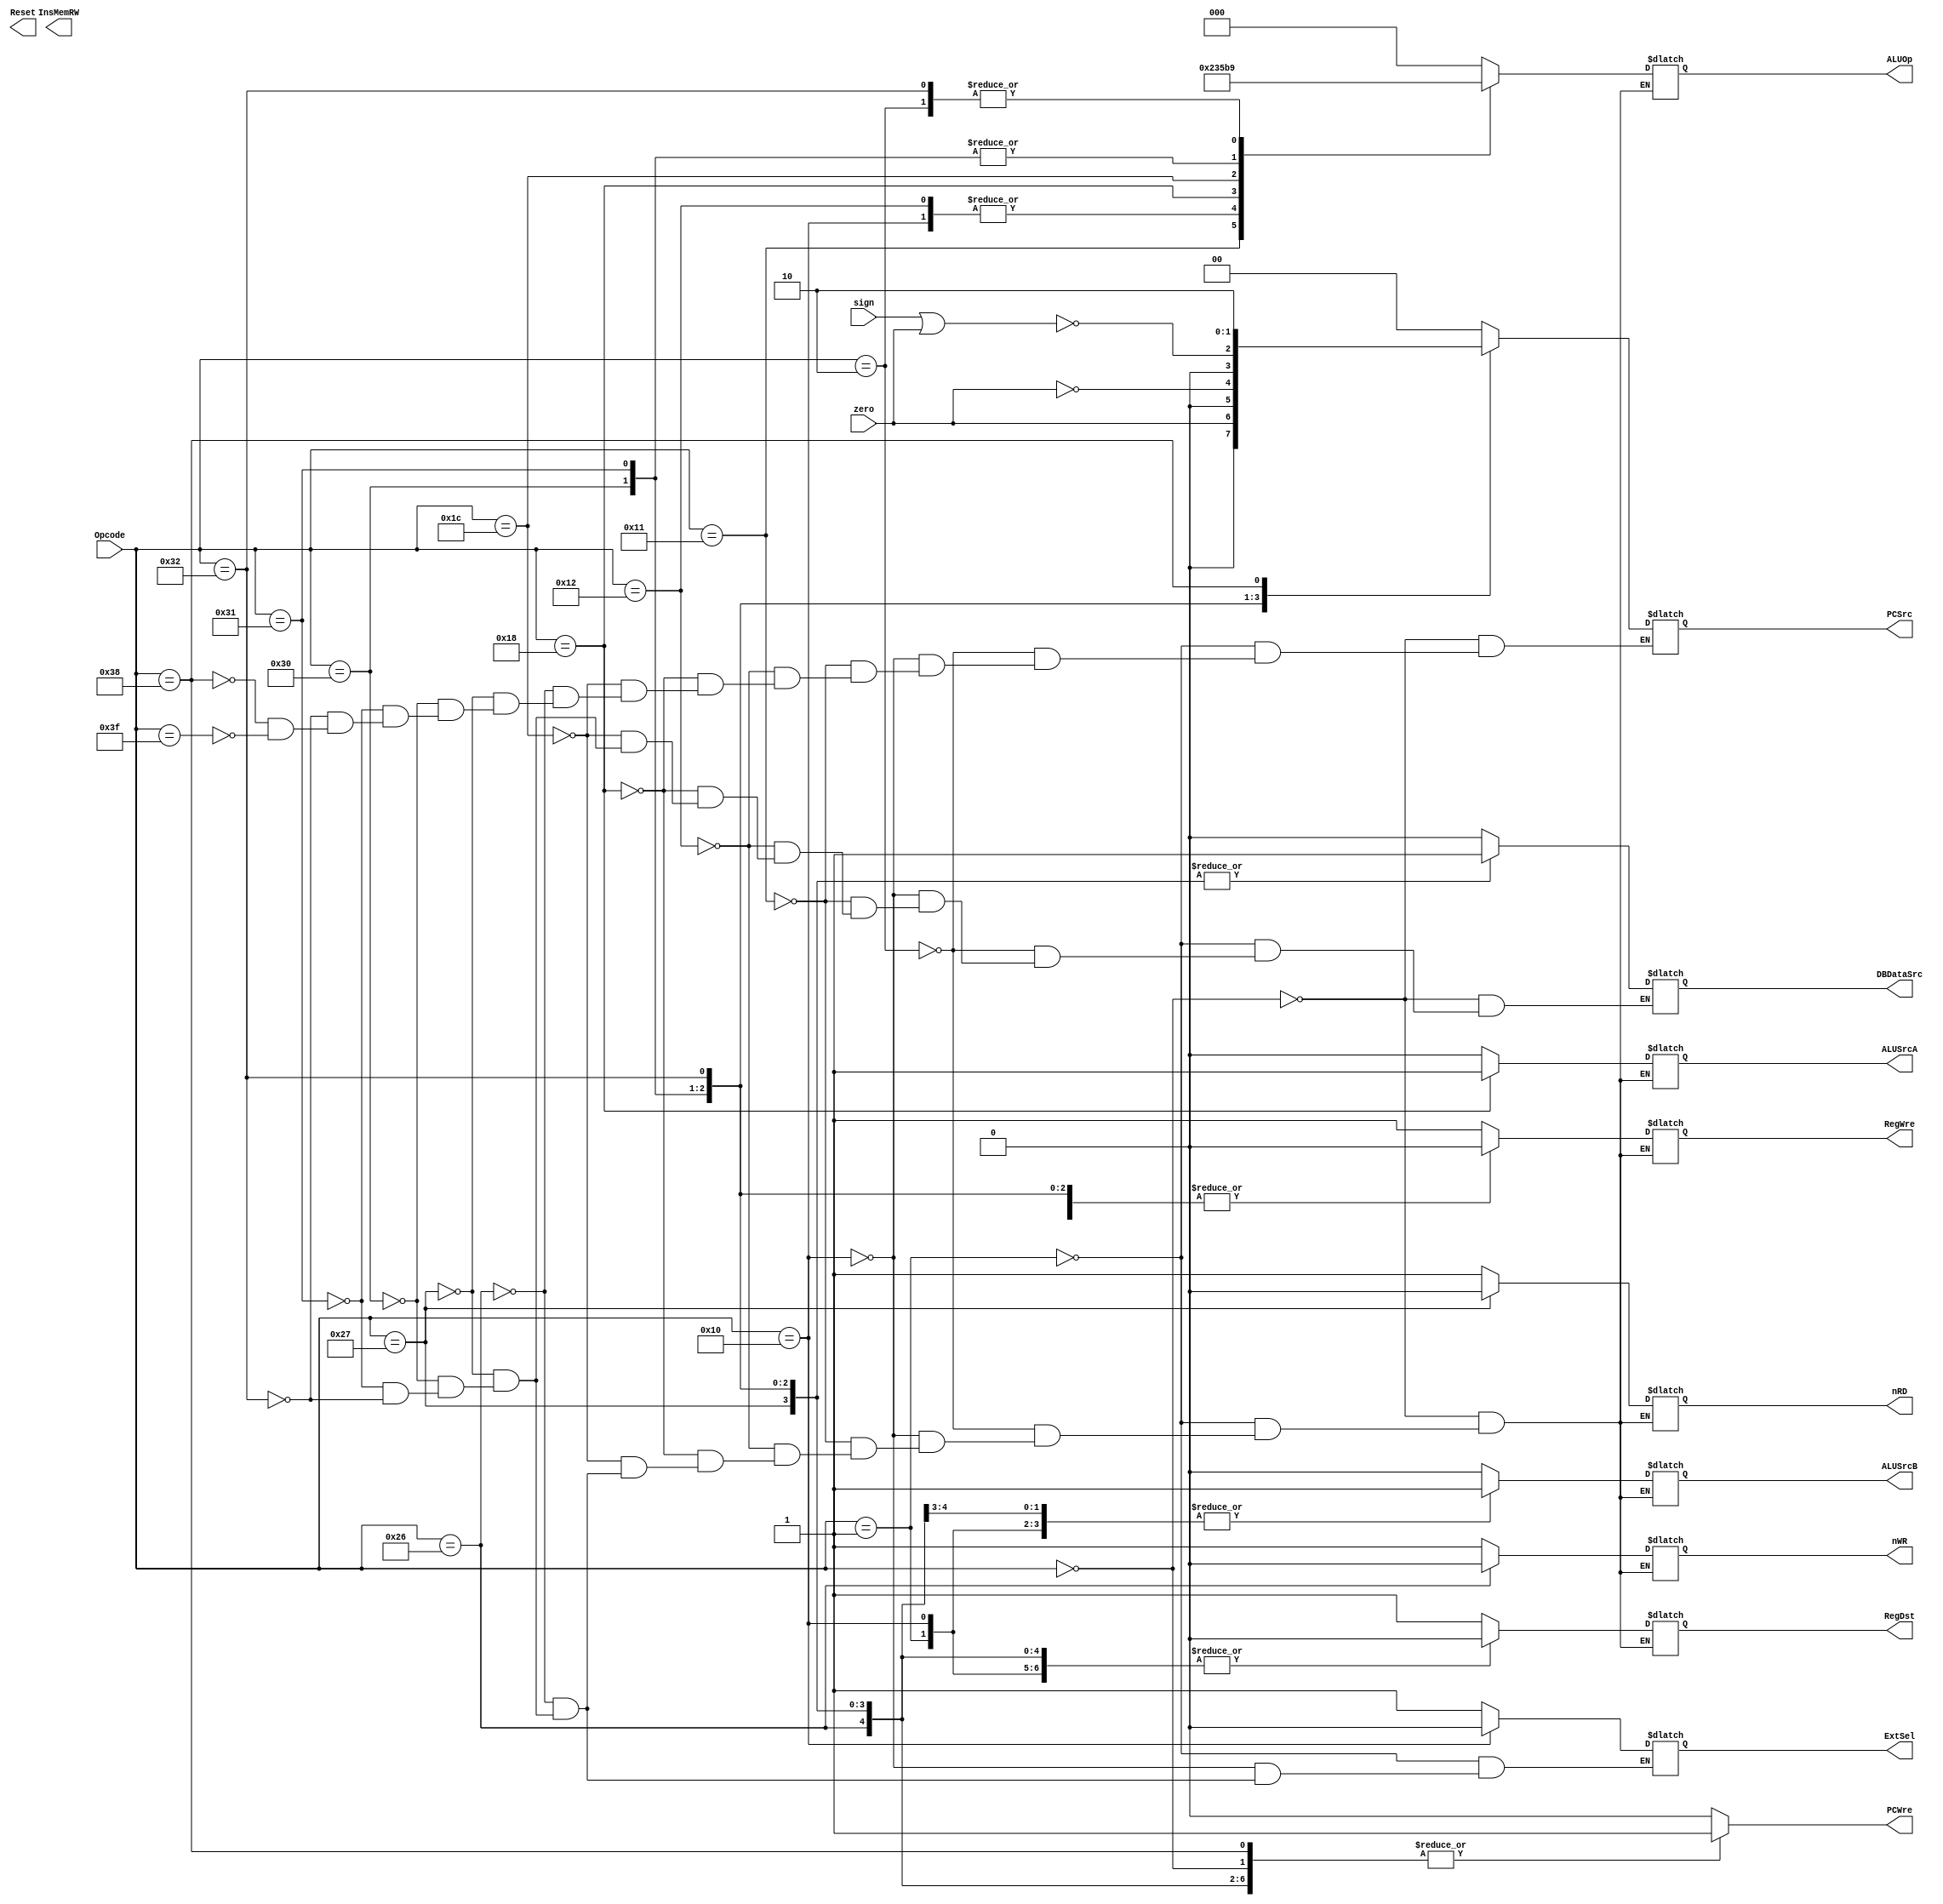
module Control_unit(
    input [5:0] Opcode,
    input zero,
    input sign,
    output reg Reset,// �͵�ƽ��Ч���͵�ƽ����
    output reg ALUSrcA,
    output reg ALUSrcB,
    output reg DBDataSrc,
    output reg PCWre,
    output reg RegWre,
    output reg InsMemRW,
    output reg nRD, // �͵�ƽ��Ч�����ݴ洢�����ź�
    output reg nWR, // �͵�ƽ��Ч�����ݴ洢��д�ź�
    output reg RegDst,// ѡ��д�Ĵ����ĵ�ַ
    output reg ExtSel,// 
    output reg [1:0] PCSrc, // ѡ��ʹ����һ��������PC��ַ
    output reg [2:0] ALUOp // ALU�����룬ѡ��ALU�Ĺ���
);
    always@(*)
    begin
        case(Opcode)
            6'b000000: begin // add
                PCWre <= 1;
                RegDst <= 1;
                RegWre <= 1;
                ALUSrcA <= 0;
                ALUSrcB <= 0;
                ALUOp <= 3'b000;
                DBDataSrc <= 0;
                PCSrc <= 0;
                nRD <= 1;
                nWR <= 1;
            end
            6'b000001: begin // addi
                PCWre <= 1;
                // InsMemRW <= 1;
                RegDst <= 0;
                RegWre <= 1;
                ALUSrcA <= 0;
                ALUSrcB <= 1;
                ALUOp <= 3'b000;
                DBDataSrc <= 0;
                ExtSel <= 1; // 符号拓展
                nRD <= 1;
                nWR <= 1;
                PCSrc <= 0;
            end
            6'b000010: begin // sub
                PCWre <= 1;
                // InsMemRW <= 1;
                RegDst <= 1;
                RegWre <= 1;
                ALUSrcA <= 0;
                ALUSrcB <= 0;
                ALUOp <= 3'b001;
                DBDataSrc <= 0;
                // ExtSel <= ;
                nRD <= 1;
                nWR <= 1;
                PCSrc <= 0;
            end

            6'b010000: begin // ori
                PCWre <= 1;
                // InsMemRW <= 1;
                RegDst <= 0;
                RegWre <= 1;
                ALUSrcA <= 0;
                ALUSrcB <= 1;
                ALUOp <= 3'b011;
                DBDataSrc <= 0;
                ExtSel <= 0; // 0拓展
                nRD <= 1;
                nWR <= 1;
                PCSrc <= 0;
            end
            6'b010001: begin // and
                PCWre <= 1;
                // InsMemRW <= 1;
                RegDst <= 1;
                RegWre <= 1;
                ALUSrcA <= 0;
                ALUSrcB <= 0;
                ALUOp <= 3'b100;
                DBDataSrc <= 0;
                // ExtSel <= ;
                nRD <= 1;
                nWR <= 1;
                PCSrc <= 0;
            end
            6'b010010: begin  // or
                PCWre <= 1;
                RegDst <= 1;
                RegWre <= 1;
                ALUSrcA <= 0;
                ALUSrcB <= 0;
                ALUOp <= 3'b011;
                DBDataSrc <= 0;
                // ExtSel <= ;
                nRD <= 1;
                nWR <= 1;
                PCSrc <= 0;
            end
            6'b011000: begin // sll
                PCWre <= 1;
                RegDst <= 1;
                RegWre <= 1;
                ALUSrcA <= 1;// Sa_number
                ALUSrcB <= 0;
                ALUOp <= 3'b010;
                DBDataSrc <= 0;
                // ExtSel <= ;
                nRD <= 1;
                nWR <= 1;
                PCSrc <= 0;
            end
            6'b011100: begin // slt
                PCWre <= 1;
                RegDst <= 1;
                RegWre <= 1;
                ALUSrcA <= 0;// Sa_number
                ALUSrcB <= 0;
                ALUOp <= 3'b110;
                DBDataSrc <= 0;
                // ExtSel <= ;
                nRD <= 1;
                nWR <= 1;
                PCSrc <= 0;
            end
            6'b100110: begin // sw rt, imm(rs)
                PCWre <= 1;
                RegDst <= 0;
                RegWre <= 0;
                ALUSrcA <= 0;
                ALUSrcB <= 1;
                ALUOp <= 3'b000;
//                DBDataSrc <= 1;
                ExtSel <= 1;
                nRD <= 1;
                nWR <= 0;
                PCSrc <= 0;
            end
            6'b100111: begin // lw rt, imm(rs)
                PCWre <= 1;
                RegDst <= 0;
                RegWre <= 1;
                ALUSrcA <= 0;
                ALUSrcB <= 1;
                ALUOp <= 3'b000;
                DBDataSrc <= 1;
                ExtSel <= 1;
                nRD <= 0;
                nWR <= 1;
                PCSrc <= 0;
            end
            6'b110000: begin // beq rs, rt, imm
                PCWre <= 1;
                RegDst <= 0;
                RegWre <= 0;
                ALUSrcA <= 0;
                ALUSrcB <= 0;
                ALUOp <= 3'b111;
                DBDataSrc <= 1;// useless
                ExtSel <= 1;
                nRD <= 1;
                nWR <= 1;
                PCSrc <= zero;
            end    
            6'b110001: begin // bne rs, rt, imm
                PCWre <= 1;
                RegDst <= 0;
                RegWre <= 0;
                ALUSrcA <= 0;
                ALUSrcB <= 0;
                ALUOp <= 3'b111;
                DBDataSrc <= 1;// useless
                ExtSel <= 1;
                nRD <= 1;
                nWR <= 1;
                PCSrc <= {0,~zero};
            end
            6'b110010: begin // bgtz rs, imm
                PCWre <= 1;
                RegDst <= 0;
                RegWre <= 0;
                ALUSrcA <= 0;
                ALUSrcB <= 0;
                ALUOp <= 3'b001;
                DBDataSrc <= 1;// useless
                ExtSel <= 1;
                nRD <= 1;
                nWR <= 1;
                PCSrc <={0,~(sign|zero)};
            end
            6'b111000: begin // j addr
                PCWre <= 1;
//                RegDst <= 0;
//                RegWre <= 0;
//                ALUSrcA <= 0;
//                ALUSrcB <= 0;
//                ALUOp <= 3'b001;
//                DBDataSrc <= 1;// useless
//                ExtSel <= 1;
//                nRD <= 1;
//                nWD <= 1;
                PCSrc <= 10;
            end   
            6'b111111: begin
                PCWre <= 0;
                PCSrc <= 0;
            end
            default: PCWre <= 0;
        endcase
    end

endmodule